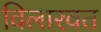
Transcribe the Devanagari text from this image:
विलारवत